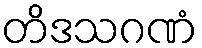
တိဒသဂဏံ